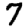
Digit: 7